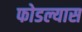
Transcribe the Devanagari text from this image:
फोडल्यास